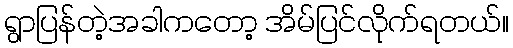
ရွာပြန်တဲ့အခါကတော့ အိမ်ပြင်လိုက်ရတယ်။